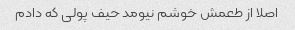
اصلا از طعمش خوشم نیومد حیف پولی که دادم